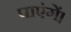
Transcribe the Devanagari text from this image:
पाएंगें।